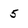
Character: 5